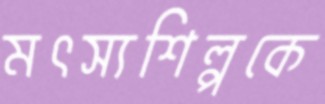
মৎস্যশিল্পকে